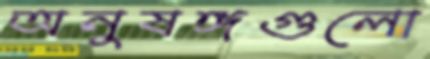
অনুষঙ্গগুলো